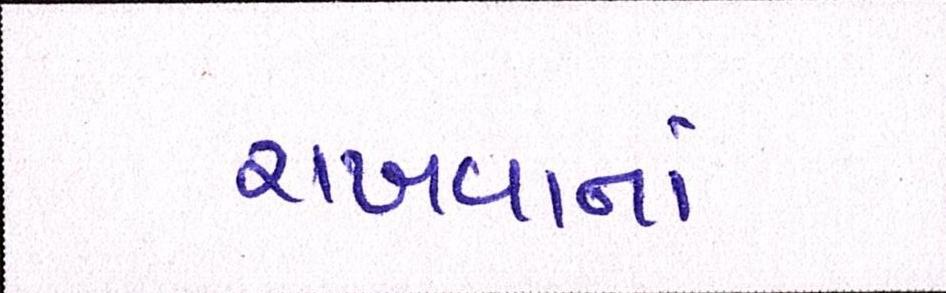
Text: રાખવાનાં